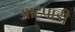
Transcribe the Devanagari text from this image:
आट्पाडी